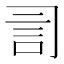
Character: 𧥝